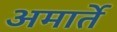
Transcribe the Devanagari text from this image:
अमार्ते